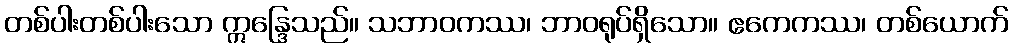
တစ်ပါးတစ်ပါးသော ဣန္ဒြေသည်။ သဘာဝကဿ၊ ဘာဝရုပ်ရှိသော။ ဧကေကဿ၊ တစ်ယောက်